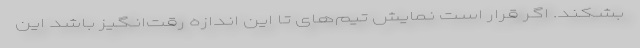
بشکند. اگر قرار است نمایش تیم‌های تا این اندازه رقت‌انگیز باشد این